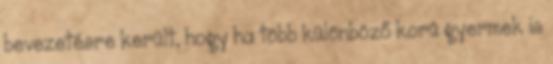
bevezetésre került, hogy ha több különböző korú gyermek is